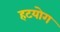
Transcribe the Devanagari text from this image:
हटयोग